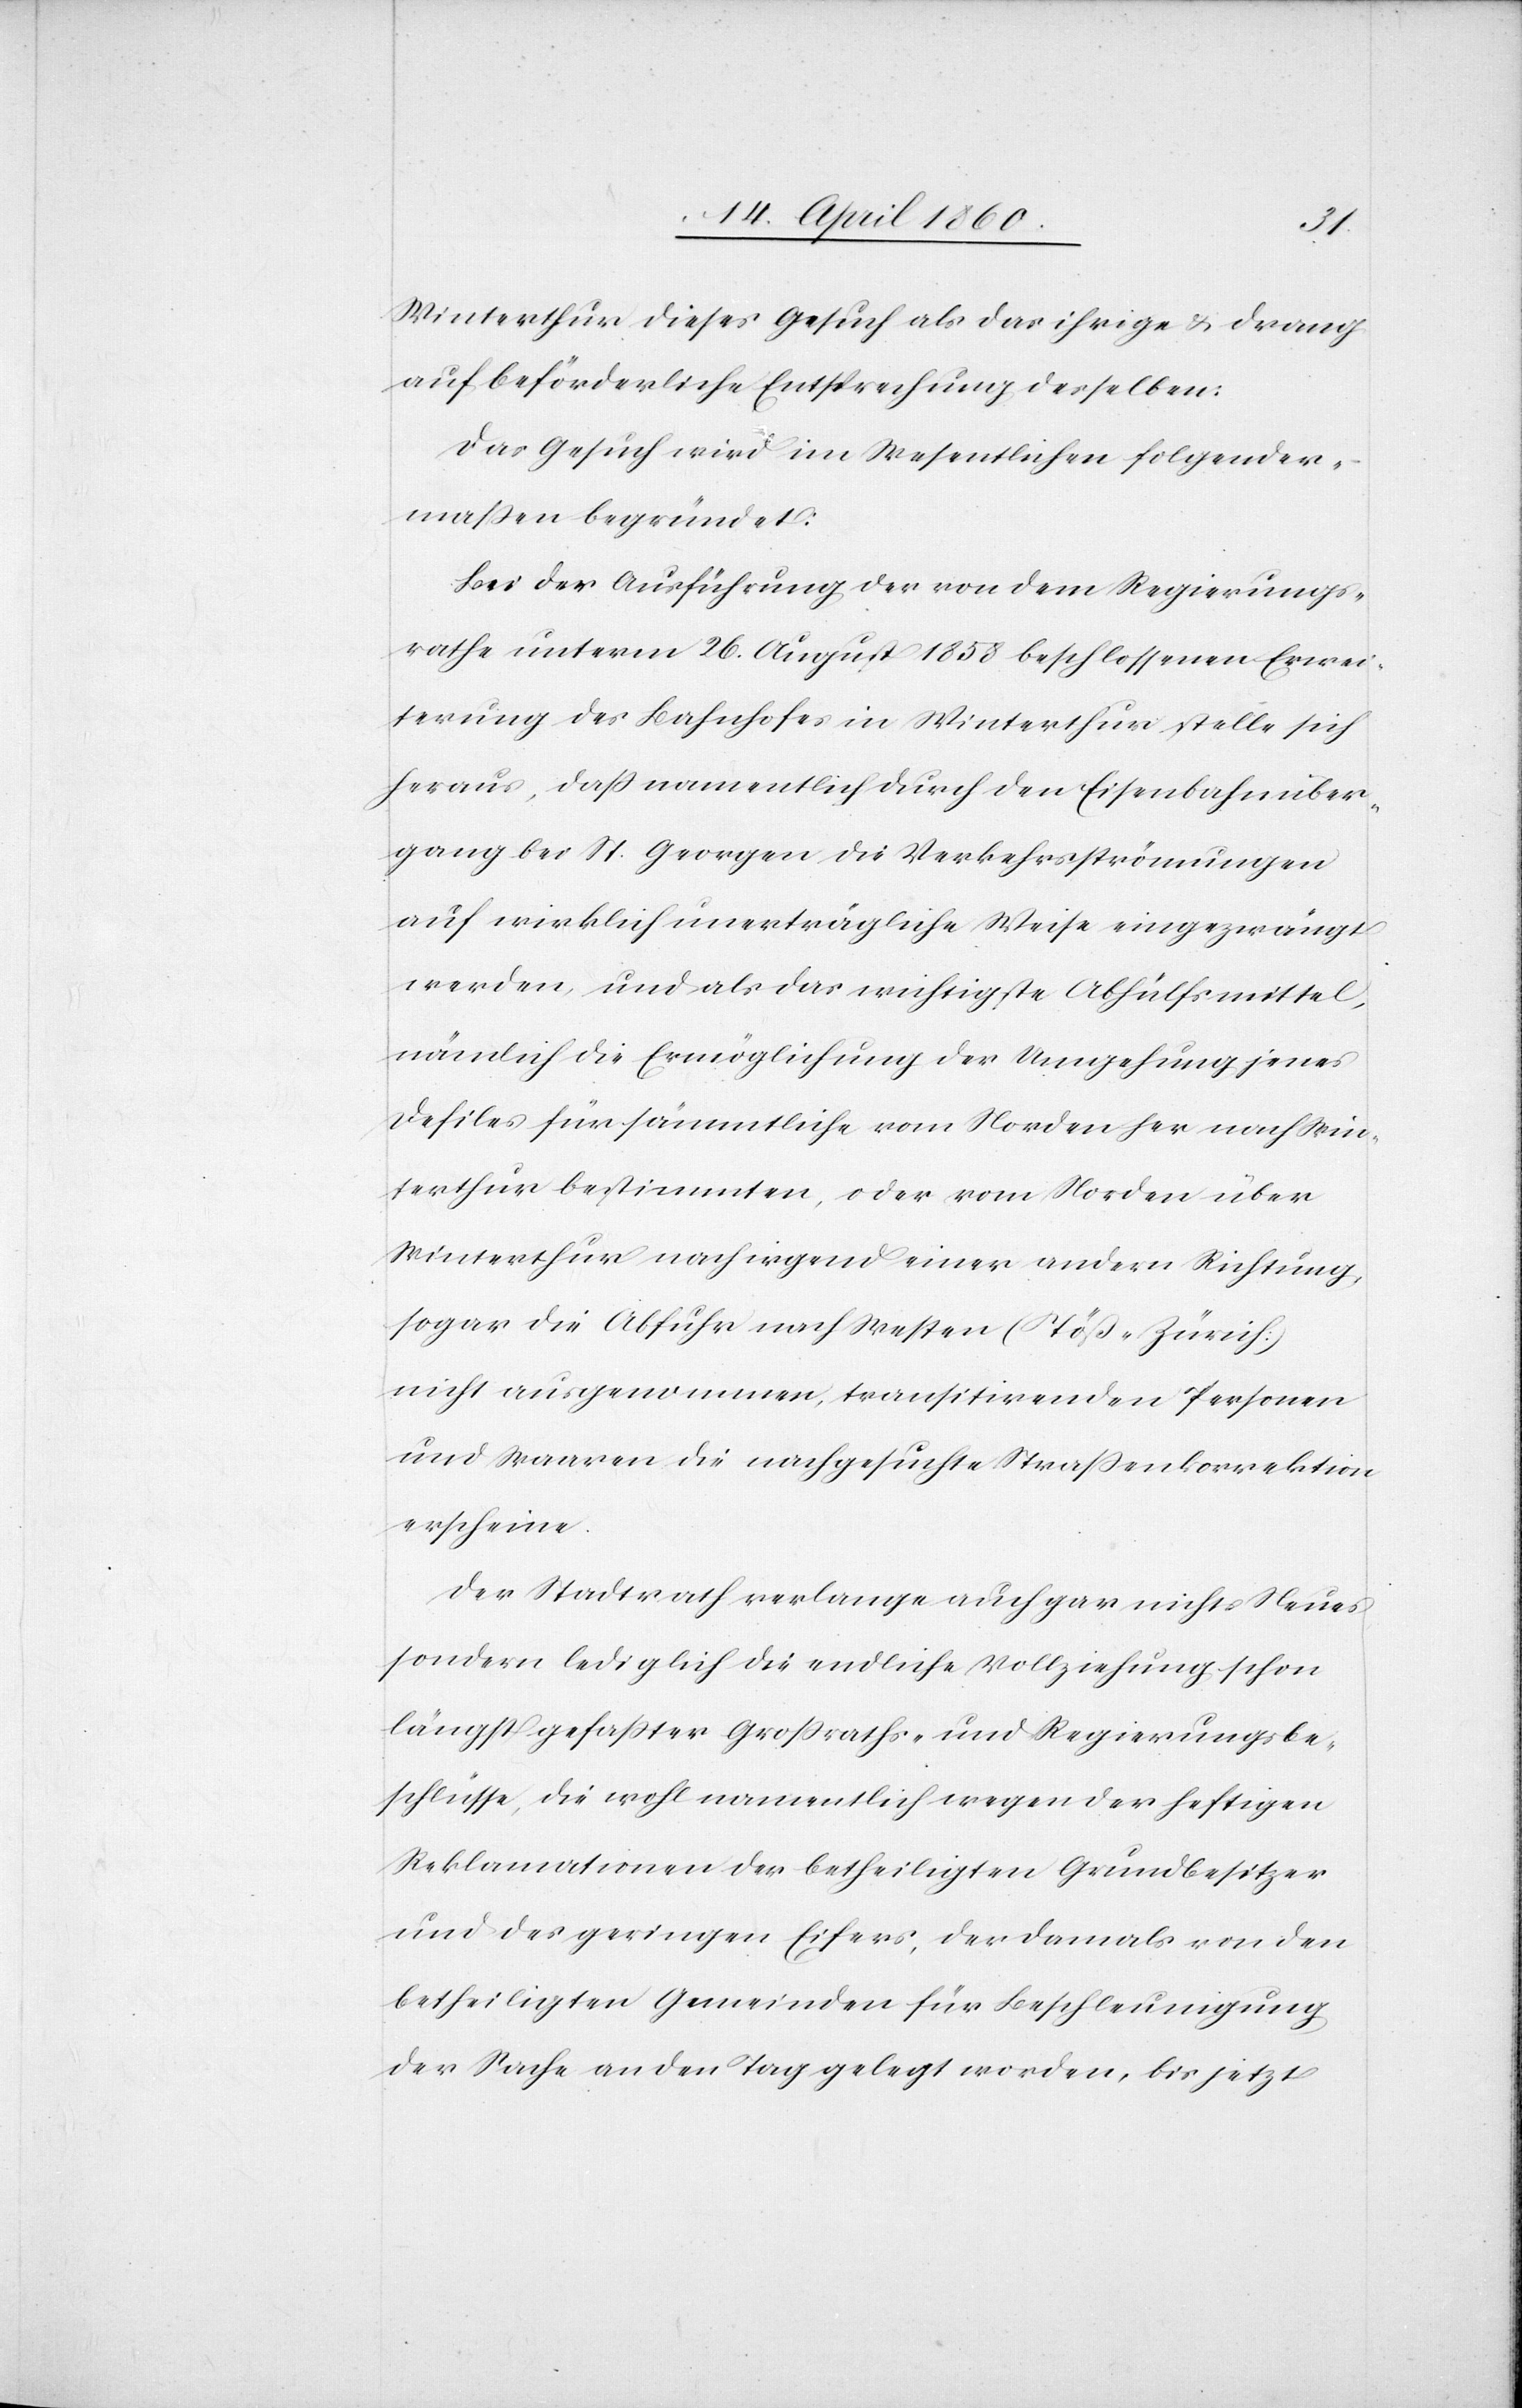
Winterthur dieses Gesuch als das ihrige u. drang
auf beförderliche Entsprechung desselben:
Das Gesuch wird im Wesentlichen folgender¬
massen begründet:
Bei der Ausführung der von dem Regierungs¬
rathe unterm 26. August 1858 beschlossenen Erwei¬
terung des Bahnhofes in Winterthur stelle sich
heraus, daß namentlich durch den Eisenbahnüber¬
gang bei St. Georgen die Verkehrsströmungen
auf wirklich unverträgliche Weise eingezwängt
werden, und als das wichtigste Abhülfsmittel,
nämlich die Ermöglichung der Umgehung jenes
Defiles für sämmtliche vom Norden her nach Win¬
terthur bestimmten, oder vom Norden über
Winterthur nach irgend einer andern Richtung,
sogar die Abfuhr nach Westen (Töß-Zürich)
nicht ausgenommen, transitirenden Personen
und Waaren die nachgesuchte Strassenkorrektion
erscheine.
Der Stadtrath verlange auch gar nichts Neues
sondern lediglich die endliche Vollziehung schon
längst gefasster Grossraths- und Regierungsbe¬
schlüsse, die wohl namentlich wegen der heftigen
Reklamationen der betheiligten Grundbesitzer
und des geringen Eifers, der damals von den
betheiligten Gemeinden für Beschleunigung
der Sache an den Tag gelegt worden, bis jetzt